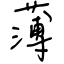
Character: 薄